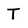
Character: T